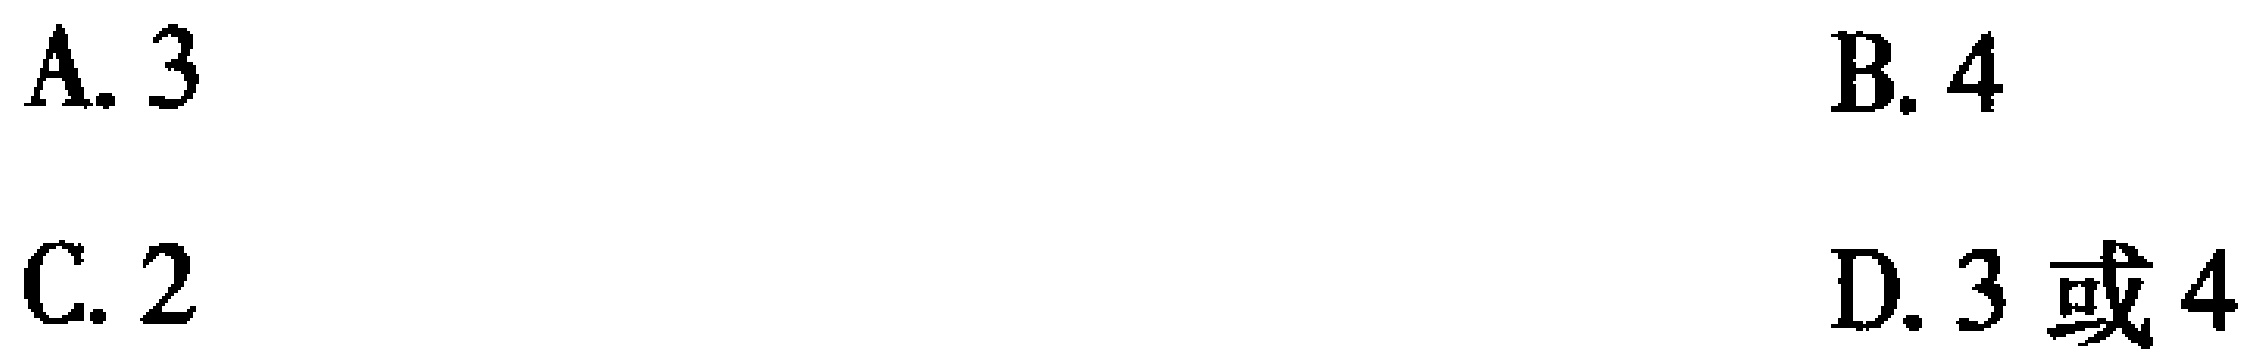
A. 3

B. 4

C. 2

D. 3或4